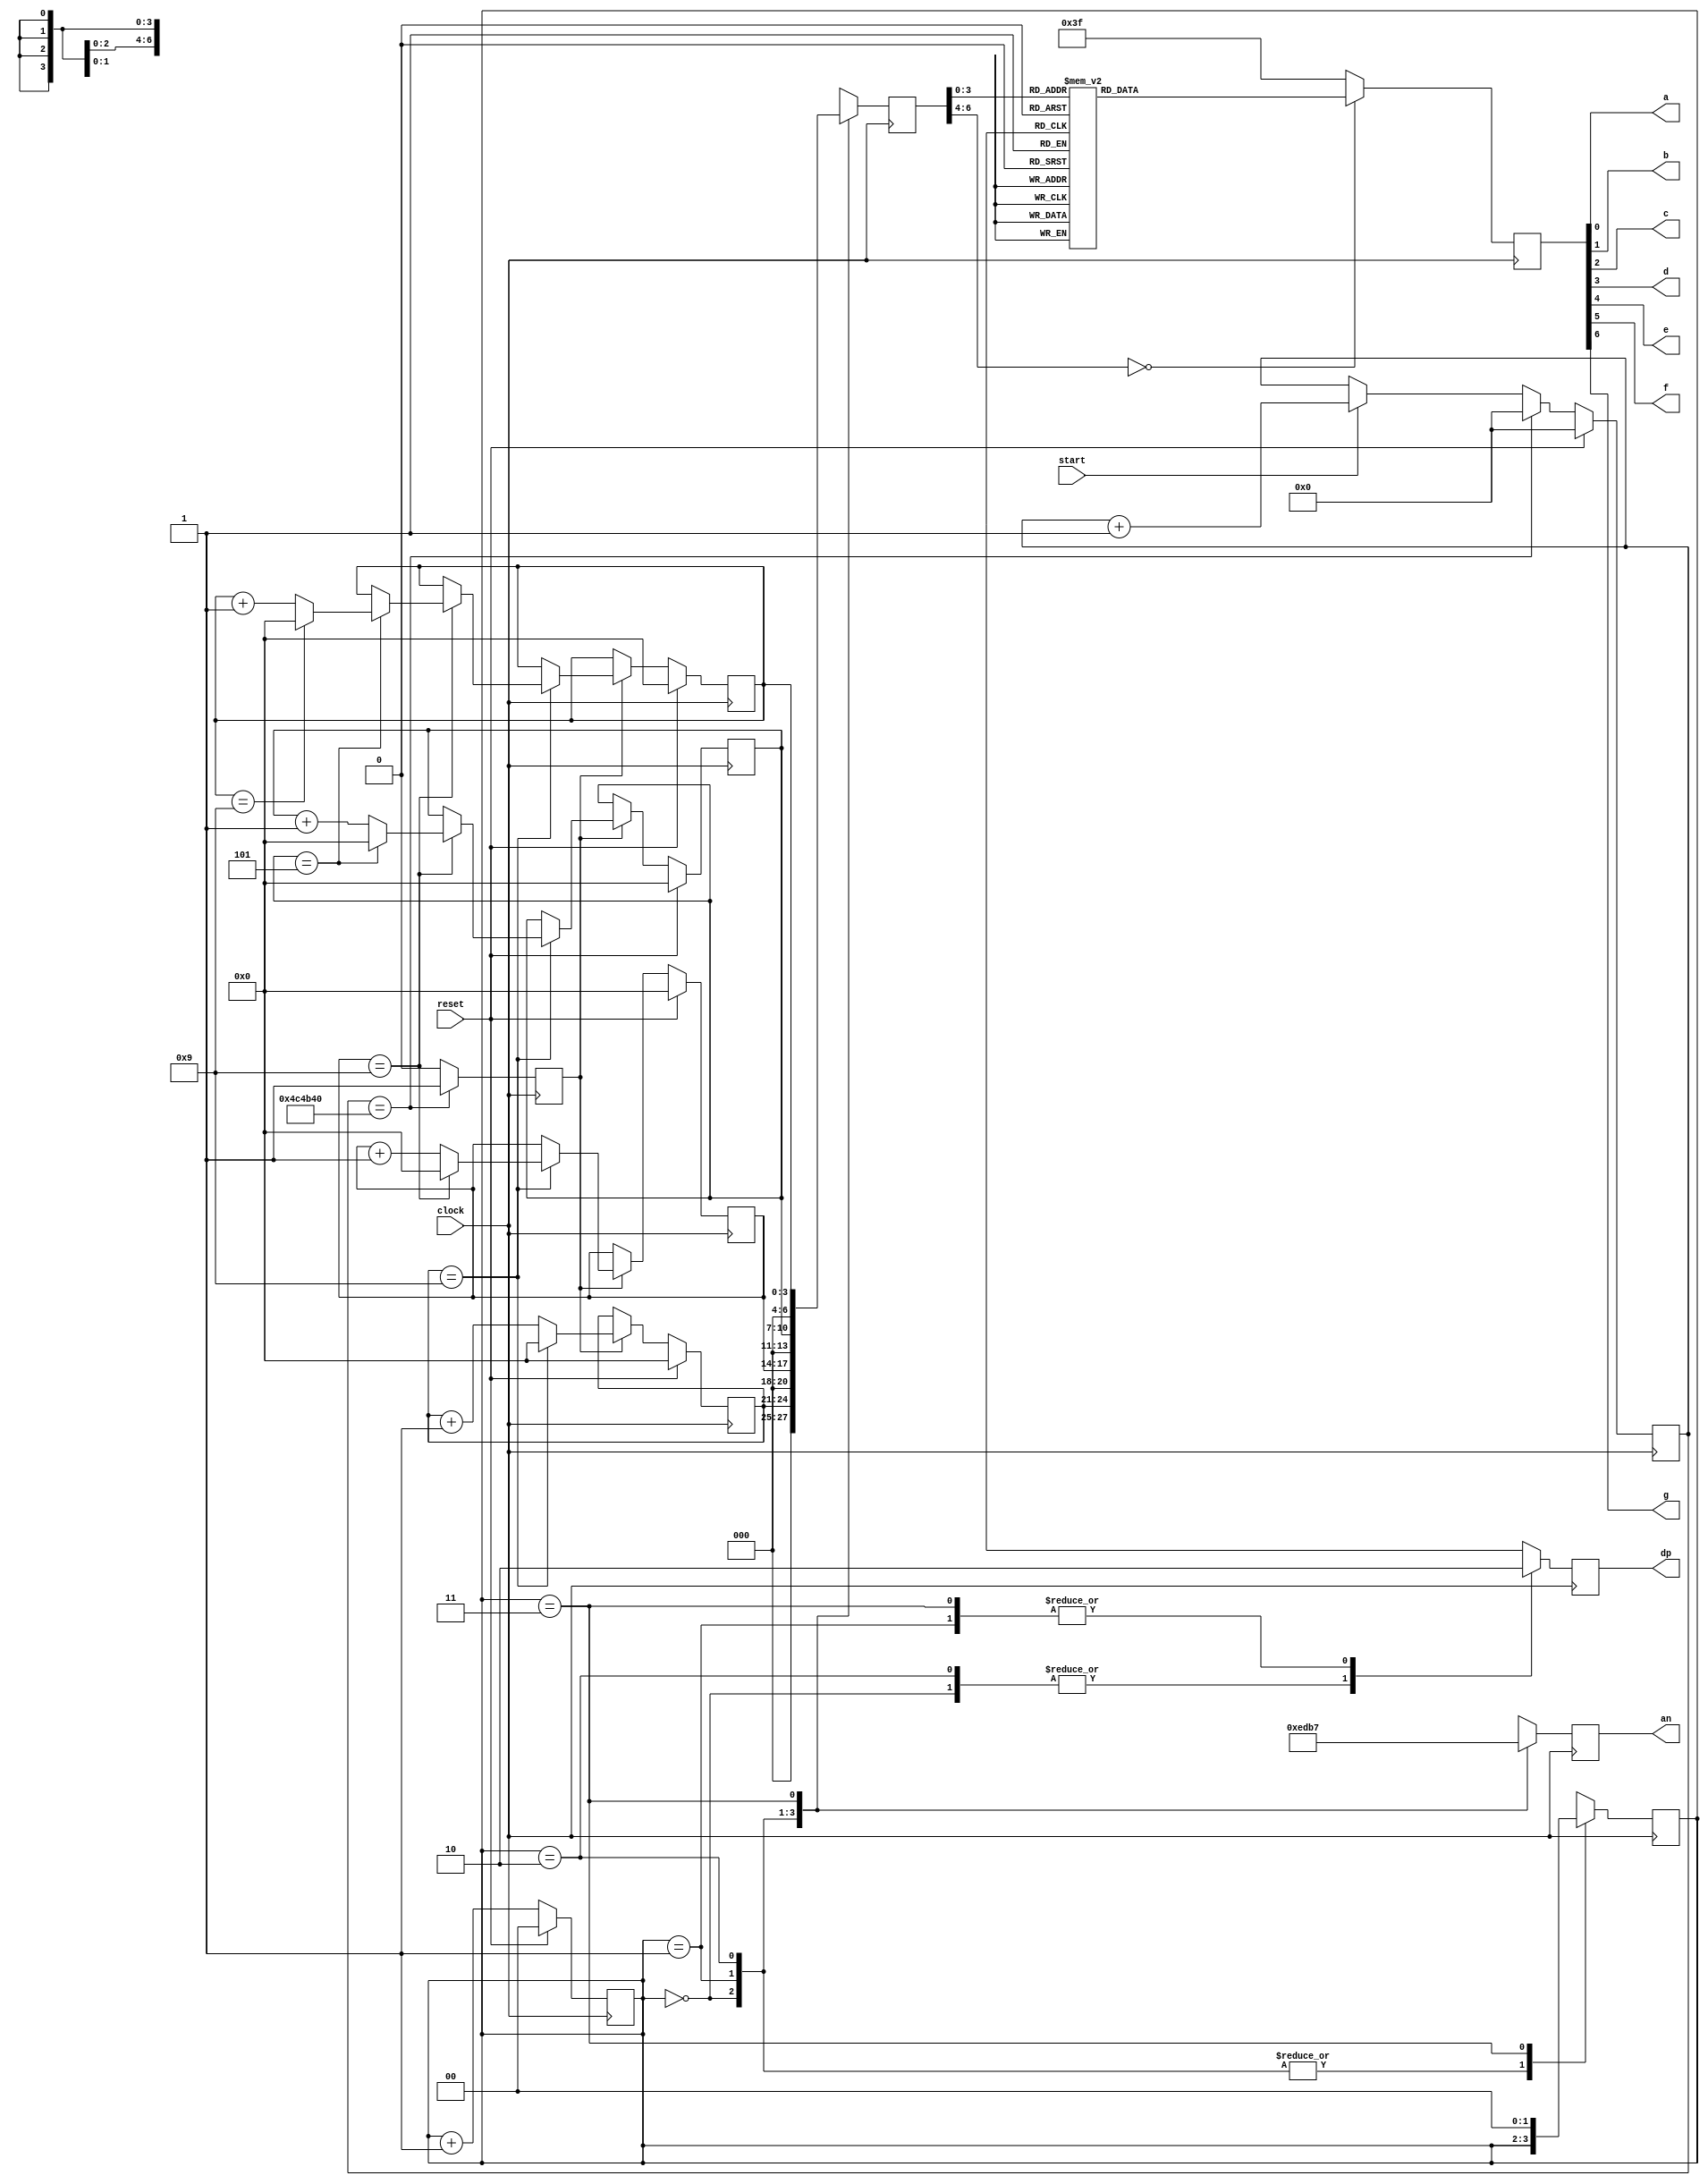
module stopwatch(
    input clock,
    input reset,
    input start,
    output a, b, c, d, e, f, g, dp,
    output [3:0] an
    );
reg [3:0] reg_d0=0;
reg [3:0] reg_d1=0;
reg [3:0] reg_d2=0;
reg [3:0] reg_d3=0;
reg [22:0] ticker=0; //23 bits needed to count up to 5M bits
reg click=0;
//the mod 5M clock to generate a tick ever 0.1 second
always @ (posedge clock )
begin
 if(reset)
  ticker <= 0;
 else if(ticker == 5000000) //if it reaches the desired max value reset it
  ticker <= 0;
 else if(start) //only start if the input is set high
  ticker <= ticker + 1;
  click <= ((ticker ==5000000)?1'b1:1'b0); 
end
always @ (posedge clock )
begin
 if (reset)
  begin
   reg_d0 <= 0;
   reg_d1 <= 0;
   reg_d2 <= 0;
   reg_d3 <= 0;
  end
 else if (click) //increment at every click
  begin
   if(reg_d0 == 9) //xxx9 - the 0.1 second digit
   begin  //if_1
    reg_d0 <= 0;
    if (reg_d1 == 9) //xx99 
    begin  // if_2
     reg_d1 <= 0;
     if (reg_d2 == 5) //x599 - the two digit seconds digits
     begin //if_3
      reg_d2 <= 0;
      if(reg_d3 == 9) //9599 - The minute digit
       reg_d3 <= 0;
      else
       reg_d3 <= reg_d3 + 1;
     end
     else //else_3
      reg_d2 <= reg_d2 + 1;
    end
    else //else_2
     reg_d1 <= reg_d1 + 1;
   end 
   else //else_1
    reg_d0 <= reg_d0 + 1;
  end
end
localparam N = 2;
reg [N-1:0]count=0;
always @ (posedge clock )
 begin
  if (reset)
   count <= 0;
  else
   count <= count + 1;
 end
reg [6:0] sseg_temp=0; 
reg [6:0]sseg=0;
reg [3:0]an_temp=0;
reg reg_dp=0;
always @ (posedge clock)
 begin
  case(count[N-1:N-2])
   2'b00 : 
    begin
     sseg = reg_d0;
     an_temp = 4'b1110;
     reg_dp = 1'b1;
    end
   
   2'b01:
    begin
     sseg = reg_d1;
     an_temp = 4'b1101;
     reg_dp = 1'b0;
    end
   
   2'b10:
    begin
     sseg = reg_d2;
     an_temp = 4'b1011;
     reg_dp = 1'b1;
    end
    
   2'b11:
    begin
     sseg = reg_d3;
     an_temp = 4'b0111;
     reg_dp = 1'b0;
	     count = 0;

    end
  endcase
 end
assign an = an_temp;

always @ (posedge clock)
 begin
  case(sseg)
   4'd0 : sseg_temp = 7'b1000000;
   4'd1 : sseg_temp = 7'b1111001;
   4'd2 : sseg_temp = 7'b0100100;
   4'd3 : sseg_temp = 7'b0110000;
   4'd4 : sseg_temp = 7'b0011001;
   4'd5 : sseg_temp = 7'b0010010;
   4'd6 : sseg_temp = 7'b0000010;
   4'd7 : sseg_temp = 7'b1111000;
   4'd8 : sseg_temp = 7'b0000000;
   4'd9 : sseg_temp = 7'b0010000;
   default : sseg_temp = 7'b0111111; //dash
  endcase
 end
assign {g, f, e, d, c, b, a} = sseg_temp; 
assign dp = reg_dp;

endmodule